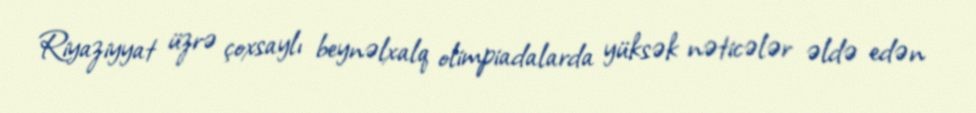
Riyaziyyat üzrə çoxsaylı beynəlxalq olimpiadalarda yüksək nəticələr əldə edən